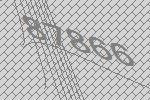
87866